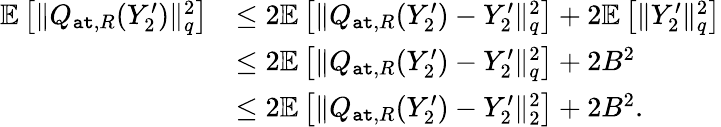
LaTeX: \begin{array}{rl}{\mathbb{E}\left[\| Q_{{\tt at},R}(Y_{2}^{\prime})\| _{q}^{2}\right]}&{\leq 2\mathbb{E}\left[\| Q_{{\tt at},R}(Y_{2}^{\prime})-Y_{2}^{\prime}\| _{q}^{2}\right]+2\mathbb{E}\left[\| Y_{2}^{\prime}\| _{q}^{2}\right]}\\ &{\leq 2\mathbb{E}\left[\| Q_{{\tt at},R}(Y_{2}^{\prime})-Y_{2}^{\prime}\| _{q}^{2}\right]+2B^{2}}\\ &{\leq 2\mathbb{E}\left[\| Q_{{\tt at},R}(Y_{2}^{\prime})-Y_{2}^{\prime}\| _{2}^{2}\right]+2B^{2}.}\end{array}